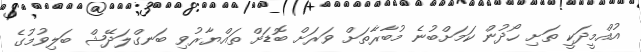
އުއްމީދަކީ ތަށި ހޯދުން ކަމަށްބުނެ މުބާރާތަށް ވަރަށް ބޮޑަށް ތައްޔާރުވި ބަނގްލަދޭޝް ބަލިވުމުގެ